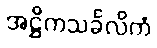
အဋ္ဌိကသင်္ခလိကံ